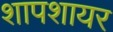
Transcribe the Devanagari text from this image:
शापशायर